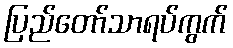
ပြည်တော်သာရပ်ကွက်